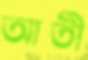
আতী